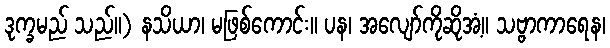
ဒုက္ခမည် သည်။) နသိယာ၊ မဖြစ်ကောင်း။ ပန၊ အလျော်ကိုဆိုအံ့။ သဗ္ဗာကာရေန၊